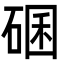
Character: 碅